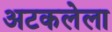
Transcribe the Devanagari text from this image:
अटकलेला